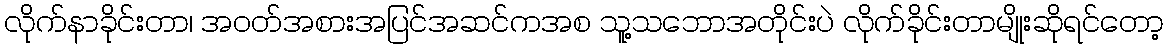
လိုက်နာခိုင်းတာ၊ အဝတ်အစားအပြင်အဆင်ကအစ သူ့သဘောအတိုင်းပဲ လိုက်ခိုင်းတာမျိုးဆိုရင်တော့